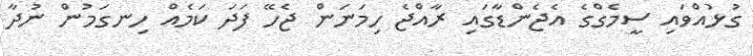
ގުޅުއްވައި ސީމެގްގެ އެޖެންޑާގައި ރާއްޖެ ހިމަނަން ޖެހޭ ފަދަ ކަމެއް ހިނގަމުން ނުދާ